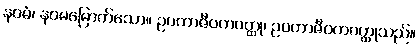
နဝမံ၊ နဝမမြောက်သော။ ဥပကာဇီဝကဝတ္ထု၊ ဥပကာဇီဝကဝတ္ထုသည်။